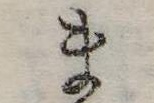
ま